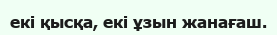
екі қысқа, екі ұзын жанағаш.